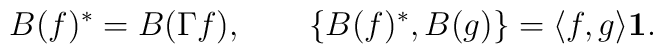
B(f)^*=B(\Gamma f),\qquad\{ B(f)^*,B(g) \} = \langle f,g \rangle {\bf 1}.